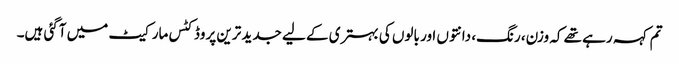
تم کہہ رہے تھے کہ وزن، رنگ، دانتوں اور بالوں کی بہتری کے لیے جدید ترین پروڈکٹس مارکیٹ میں آگئی ہیں۔